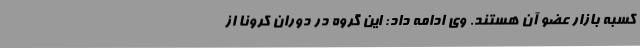
کسبه بازار عضو آن هستند. وی ادامه داد: این گروه در دوران کرونا از